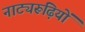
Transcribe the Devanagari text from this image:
नाट्यरूढ़ियों